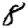
Digit: 8